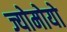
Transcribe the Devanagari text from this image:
ज्योमोयो